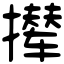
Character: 撵